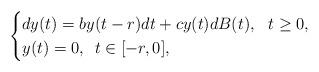
LaTeX: \begin{align*}\begin{cases}\displaystyle dy(t) = by(t-r)dt + cy(t)dB(t),\,\,\,\,t\ge 0,\\y(t)=0, \,\,\,t\in [-r, 0],\end{cases}\end{align*}